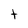
Character: t